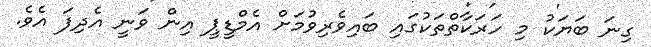
ގިނަ ބަޔަކު މި ހަރަކާތްތަކުގައި ބައިވެރިވުމަށް އެމްޑީޕީ އިން ވަނީ އެދިފަ އެވެ.